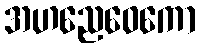
အဟညေဝေကော